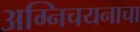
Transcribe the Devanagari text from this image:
अग्निचयनाचा